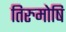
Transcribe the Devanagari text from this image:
तिरुमोषि